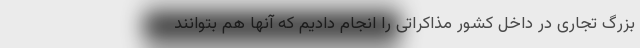
بزرگ تجاری در داخل کشور مذاکراتی را انجام دادیم که آنها هم بتوانند